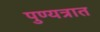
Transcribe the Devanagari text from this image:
पुण्यत्रात